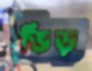
ভিড়